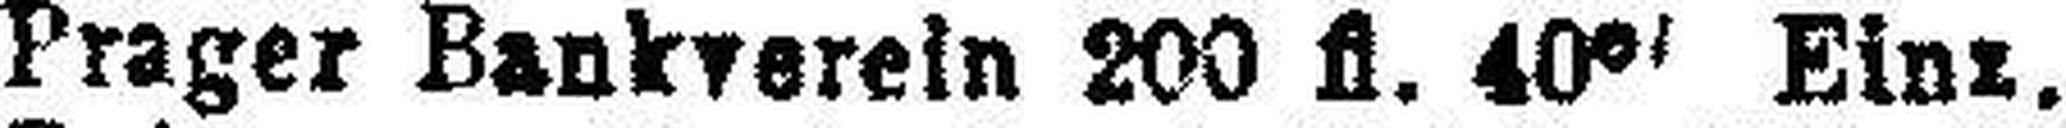
Prager Bankverein 200 fl. 40% Einz.